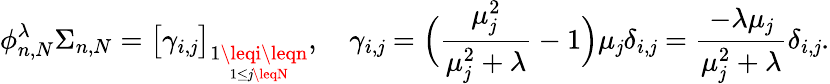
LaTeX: \phi_{n,N}^{\lambda}\Sigma_{n,N}=\big[\gamma_{i,\mathit{j}}\big]_{\underset{1\leq\mathit{j}\leqN}{1\leqi\leqn}},\quad\gamma_{i,\mathit{j}}=\Big(\frac{{{\mu}_{\mathit{j}}^{2}}}{{{\mu}_{\mathit{j}}^{2}+\lambda}}-1\Big)\mu_{\mathit{j}}\delta_{i,\mathit{j}}=\frac{{-\lambda\mu_{\mathit{j}}}}{{{\mu}_{\mathit{j}}^{2}+\lambda}}\delta_{i,\mathit{j}}.